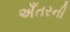
અઁતરની